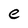
Character: e